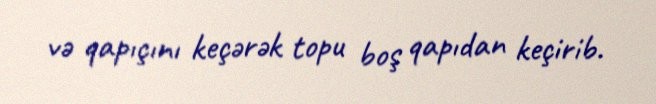
və qapıçını keçərək topu boş qapıdan keçirib.